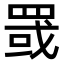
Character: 罭